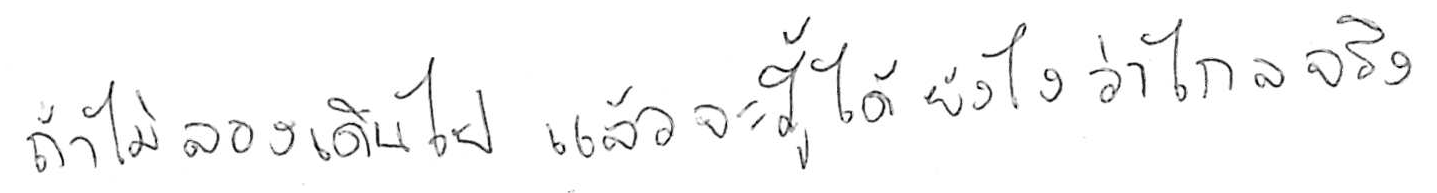
ถ้าไม่ลองเดินไป แล้วจะรู้ได้ยังไงว่าไกลจริง